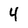
Character: 4